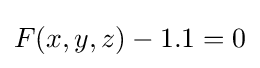
F(x,y,z)-1.1=0